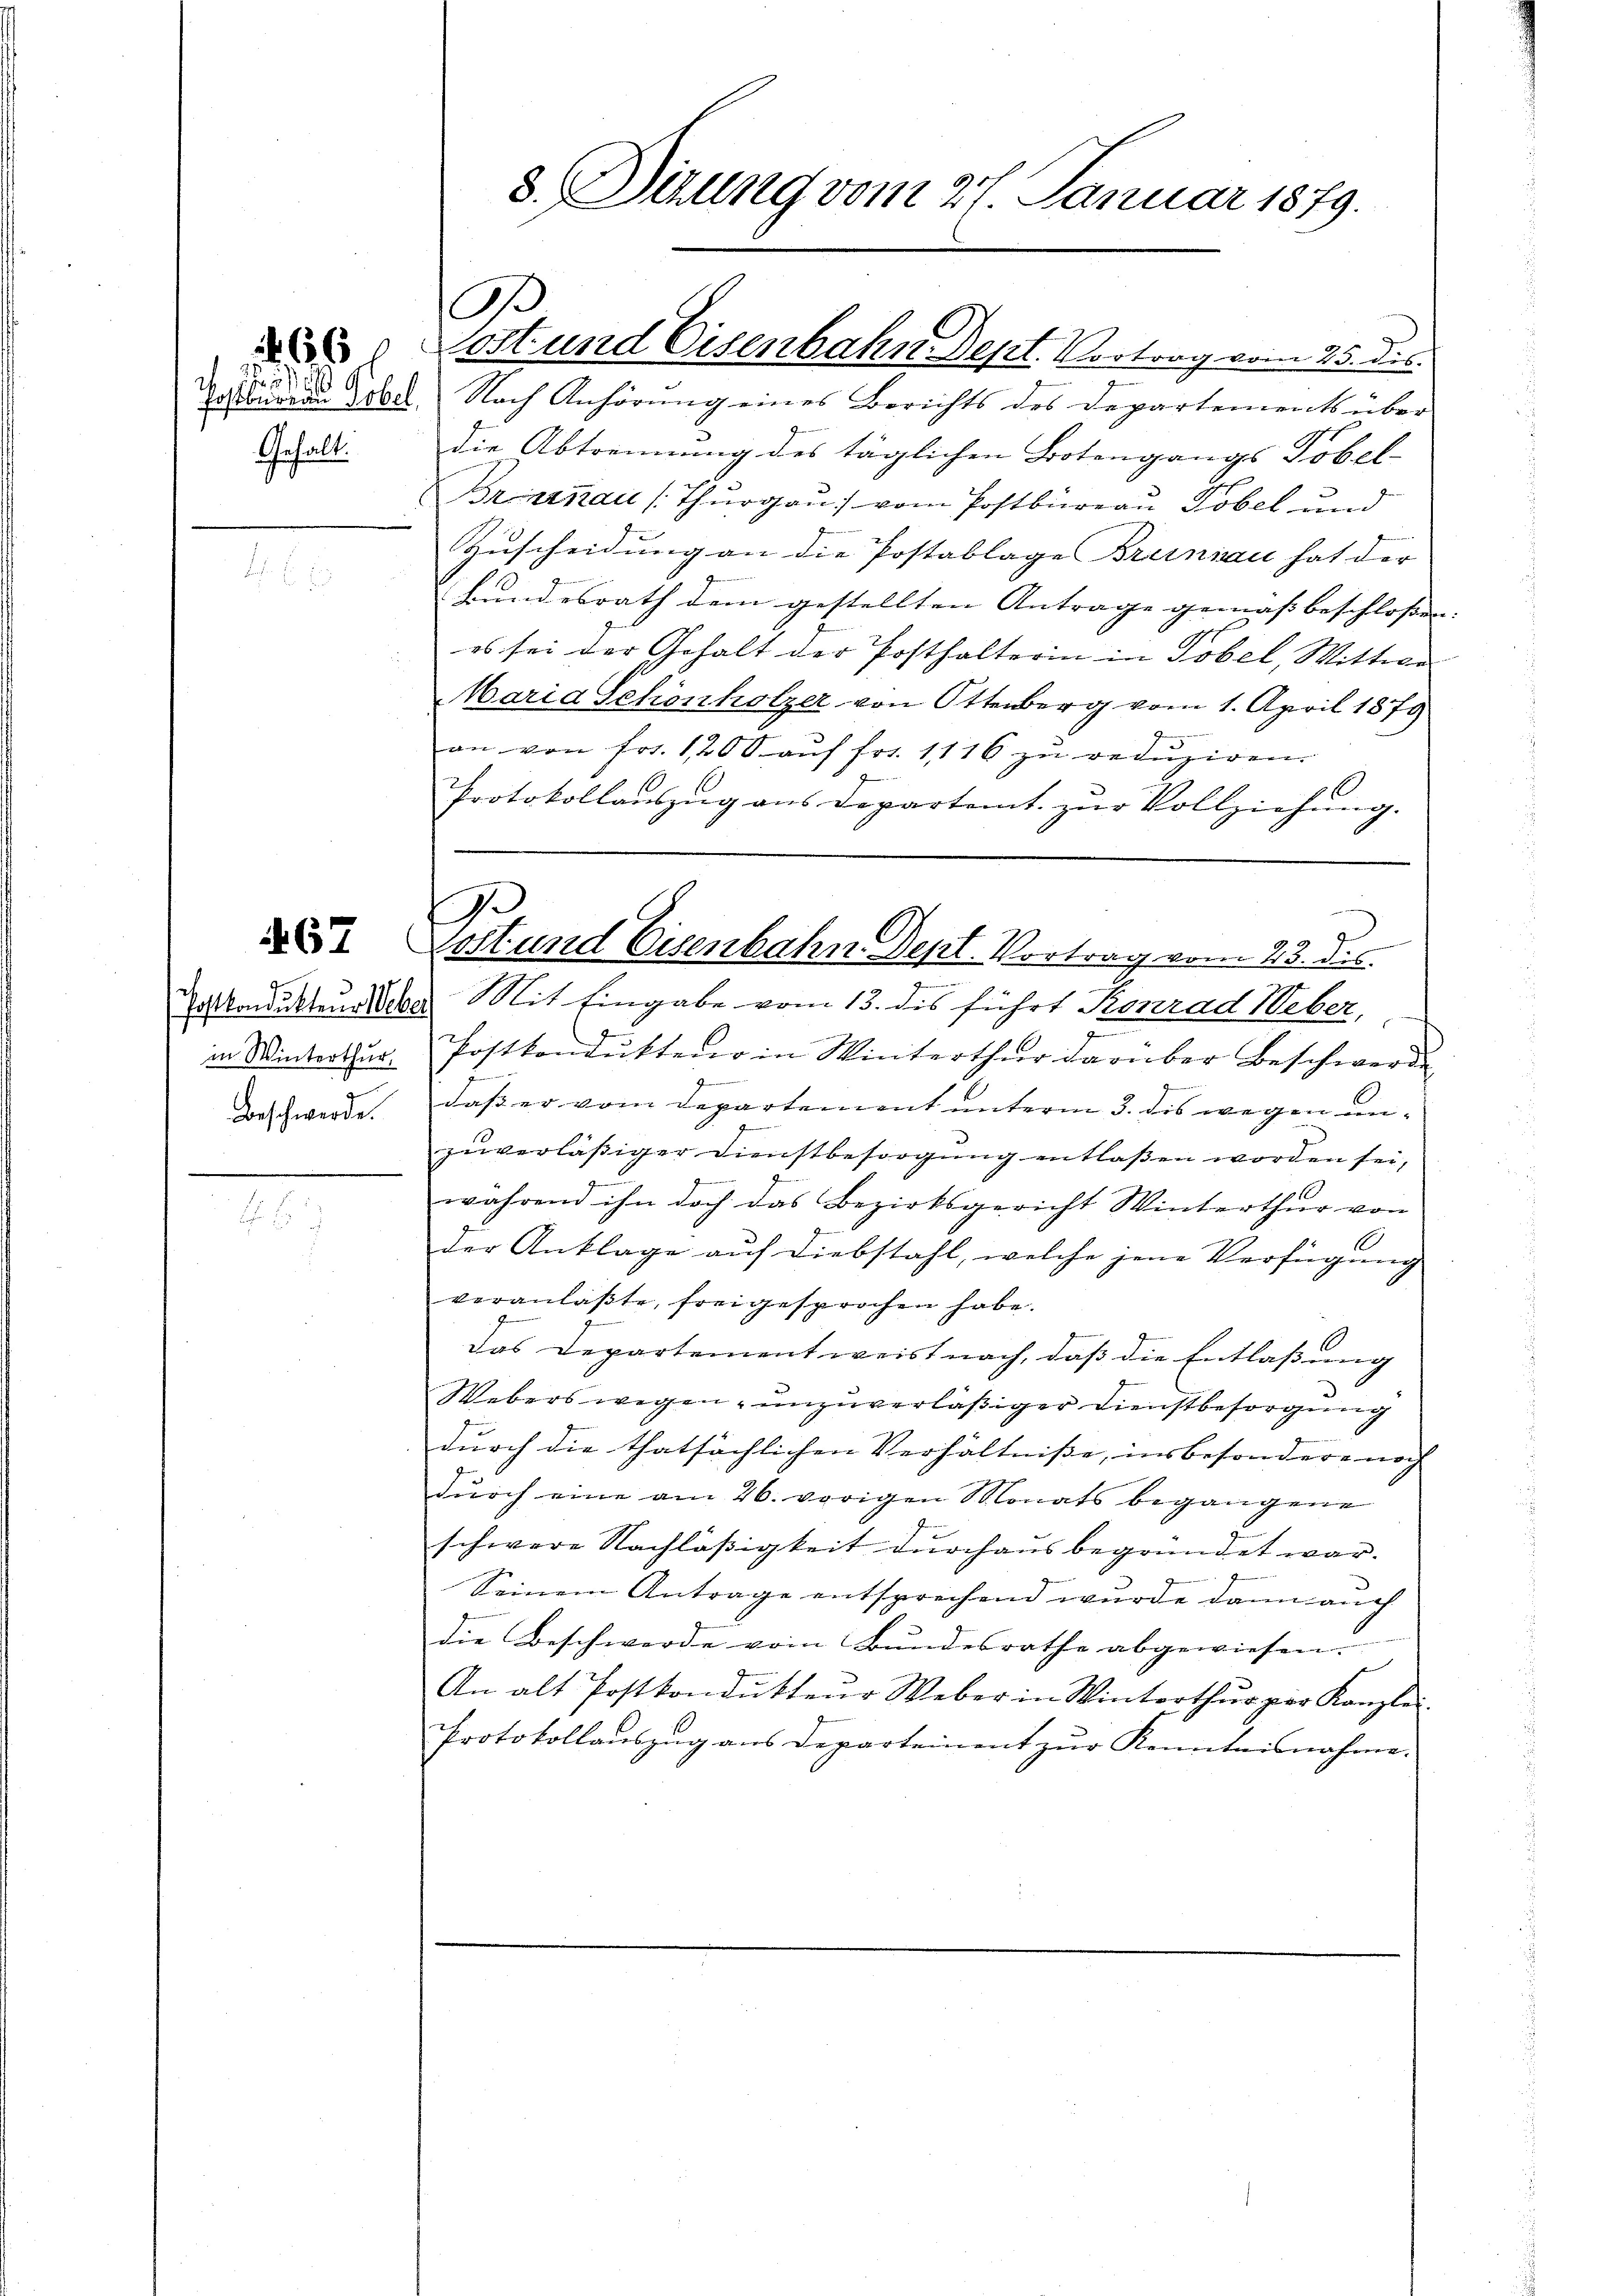
Postbunden Gobel,
Gehalt.

66 x

Postkondukteur ebe
in Winterthur,
Beschwerde.

8. Sizung vom 27. Januar 1879.

O
tost und Eisenbahn-Dept. Vortrag vom 25. dis

Nach Anhörung eines Berichts des Departements über
die Abtrennung des täglichen Botengangs Tobel-
Brinenau (Thurgau vom Postbureau Tobel und
Zuscheidung an die Postablage Brenian hat der
Bundesrath dem gestellten Antrage gemäß beschlossen |
es sei der Gehalt der Posthalterin in Tobel, Wittwe
Maria Schönholzer von Ottenberg vom 1. April 1879
s
an von frs. 1200 aŭf frt. 1116 zŭ redŭziren.
Protokollaŭszŭg ans Departamt zŭr Vollziehung.
Mit Eingabe vom 13. des führt Konrad Weber,
.
Postkondukten in Winterthur darüber Beschwerde
dass er vom Departement unterm 3. des wegen unzuverlässiger Dienstbesorgung entlaßen worden sei,
während ihn doch das Bezirksgericht Winterthur von
der Anklage auf Diebstahl, welche jene Verfügung
veranlaßte, freigesprochen habe.
1
Das Departement weist nach, daß die Entlaßung
Webers wegen, unzuverläßiger Dienstbesorgung
durch die thatsächlichen Verhältnisse, insbesondere noch
durch eine am 26. vorigen Monats begangene
schwere Nachläßigkeit durchaus begründet war.
Seinem Antrage entsprechend wurde dann auch
die Beschwerde vom Bundesrathe abgewiesen.
An alt Postkondukteur Weber in Winterthur per Kanzlei.
Protokollauszug aus Departement zur Kenntnisnahme.

.
1
 Post und Eisenbahn Dept. Vortrag vom 23. des